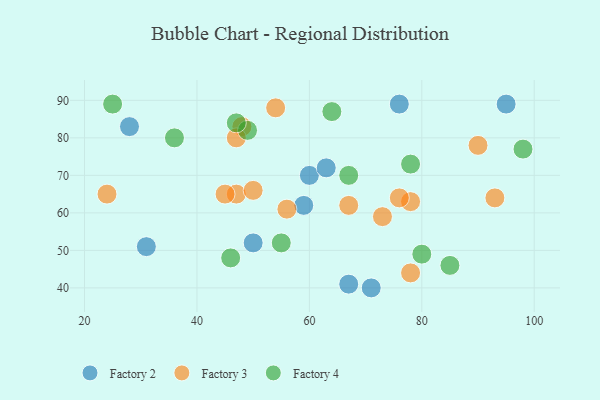
{"axis": {"x": "GDP", "y": "Life Expectancy"}, "legend": ["Factory 2", "Factory 3", "Factory 4"], "data": [{"x": "59", "y": 62, "type": "Factory 2"}, {"x": "71", "y": 40, "type": "Factory 2"}, {"x": "76", "y": 89, "type": "Factory 2"}, {"x": "95", "y": 89, "type": "Factory 2"}, {"x": "28", "y": 83, "type": "Factory 2"}, {"x": "60", "y": 70, "type": "Factory 2"}, {"x": "31", "y": 51, "type": "Factory 2"}, {"x": "67", "y": 41, "type": "Factory 2"}, {"x": "63", "y": 72, "type": "Factory 2"}, {"x": "50", "y": 52, "type": "Factory 2"}, {"x": "67", "y": 62, "type": "Factory 3"}, {"x": "90", "y": 78, "type": "Factory 3"}, {"x": "78", "y": 44, "type": "Factory 3"}, {"x": "54", "y": 88, "type": "Factory 3"}, {"x": "47", "y": 65, "type": "Factory 3"}, {"x": "45", "y": 65, "type": "Factory 3"}, {"x": "48", "y": 83, "type": "Factory 3"}, {"x": "93", "y": 64, "type": "Factory 3"}, {"x": "56", "y": 61, "type": "Factory 3"}, {"x": "24", "y": 65, "type": "Factory 3"}, {"x": "73", "y": 59, "type": "Factory 3"}, {"x": "78", "y": 63, "type": "Factory 3"}, {"x": "47", "y": 80, "type": "Factory 3"}, {"x": "50", "y": 66, "type": "Factory 3"}, {"x": "76", "y": 64, "type": "Factory 3"}, {"x": "25", "y": 89, "type": "Factory 4"}, {"x": "80", "y": 49, "type": "Factory 4"}, {"x": "49", "y": 82, "type": "Factory 4"}, {"x": "47", "y": 84, "type": "Factory 4"}, {"x": "64", "y": 87, "type": "Factory 4"}, {"x": "78", "y": 73, "type": "Factory 4"}, {"x": "36", "y": 80, "type": "Factory 4"}, {"x": "98", "y": 77, "type": "Factory 4"}, {"x": "67", "y": 70, "type": "Factory 4"}, {"x": "46", "y": 48, "type": "Factory 4"}, {"x": "85", "y": 46, "type": "Factory 4"}, {"x": "55", "y": 52, "type": "Factory 4"}]}